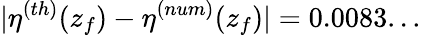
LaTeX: |\eta^{(th)}(z_{f})-\eta^{(num)}(z_{f})|=0.0083...